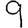
Digit: 9